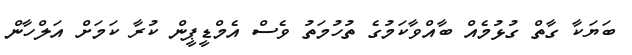
ބަޔަކާ ގާތް ގުޅުމެއް ބާއްވާކަމުގެ ތުހުމަތު ވެސް އެމްޑީޕީން ކުރާ ކަމަށް އަލްހާން